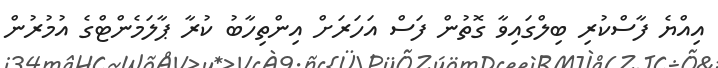
އިއްޔެ ފާސްކުރި ބިލްގައިވާ ގޮތުން ފަސް އަހަރަށް އިންތިހާބު ކުރާ ޕާލަމެންޓްގެ އުމުރުން